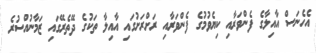
އެހެނަސް އާއިލާގެ ފެންވަރާއި ކިޔެވުމުގެ ފެންވަރާއި ރަށްރަށުގައި އާއިލާ ތަކުގެ ދޭތެރޭގައި ޒަމާނުއްސުރެ